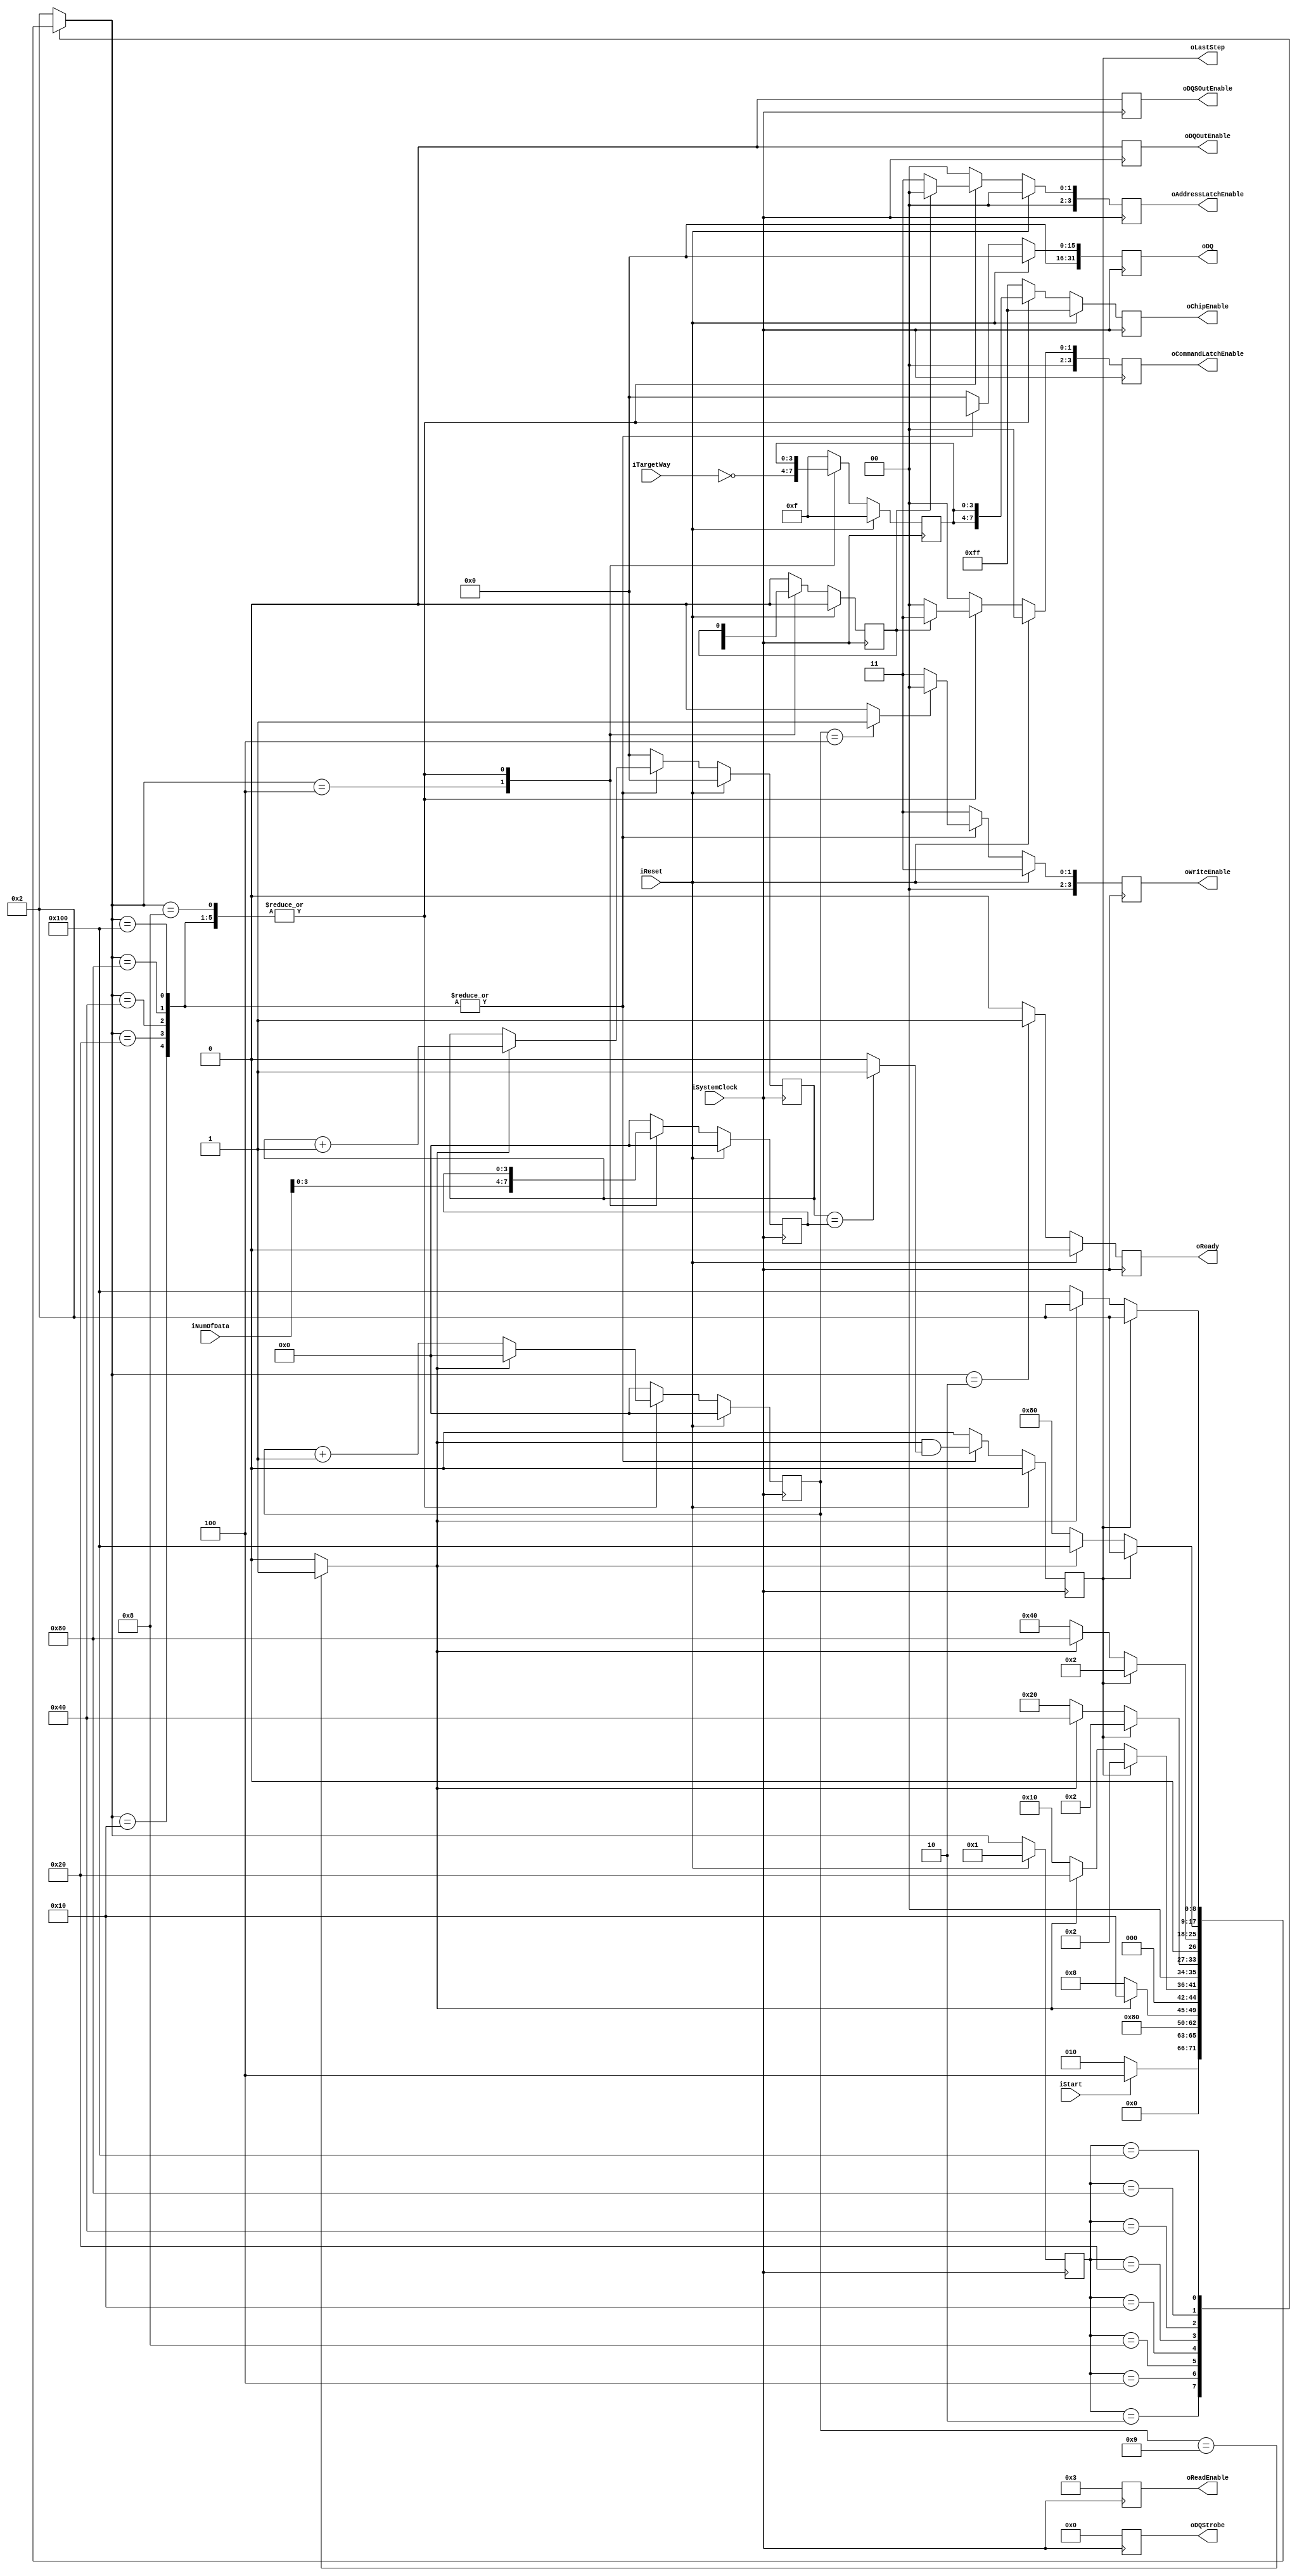
module NFC_Atom_Datainput_Async
#
(
    parameter NumberOfWays    =   4
)
(
    iSystemClock            ,
    iReset                  ,
    oReady                  ,
    oLastStep               ,
    iStart                  ,
    iTargetWay              ,
    iNumOfData              ,

    oDQSOutEnable           ,
    oDQOutEnable            ,
    oDQStrobe               ,
    oDQ                     ,
    oChipEnable             ,
    oReadEnable             ,
    oWriteEnable            ,
    oAddressLatchEnable     ,
    oCommandLatchEnable  
);

    input                           iSystemClock            ;
    input                           iReset                  ;
    output                          oReady                  ;
    output                          oLastStep               ;
    input                           iStart                  ;
    input   [NumberOfWays - 1:0]    iTargetWay              ;
    input   [15:0]                  iNumOfData              ;

    output                          oDQSOutEnable           ;
    output                          oDQOutEnable            ;

    output  [7:0]                   oDQStrobe               ;
    output  [31:0]                  oDQ                     ;
    output  [2*NumberOfWays - 1:0]  oChipEnable             ;
    output  [3:0]                   oReadEnable             ;
    output  [3:0]                   oWriteEnable            ;
    output  [3:0]                   oAddressLatchEnable     ;
    output  [3:0]                   oCommandLatchEnable     ;

    // FSM
    // IDLE
    // capture CAData
    // output command or address

    reg                           rReady                  ;
    reg                           rLastStep               ;

    reg   [NumberOfWays - 1:0]    rTargetWay              ;
    reg   [3:0]                   rNumOfData              ;

    reg                           rDQSOutEnable           ;
    reg                           rDQOutEnable            ;
 
    reg  [7:0]                    rDQStrobe               ;
    reg  [31:0]                   rDQ                     ;
    reg  [2*NumberOfWays - 1:0]   rChipEnable             ;
    reg  [3:0]                    rReadEnable             ;
    reg  [3:0]                    rWriteEnable            ;
    reg  [3:0]                    rAddressLatchEnable     ;
    reg  [3:0]                    rCommandLatchEnable     ;

    reg  [15:0]                   rDIA_DataCounter        ;
    reg  [3:0]                    rDIA_TimeCounter        ;


    wire                          wTimerDone = (rDIA_TimeCounter == 4'd9) ? 1 : 0 ;
    wire                          wTimerHalf = (rDIA_TimeCounter == 4'd4) ? 1 : 0 ;
    wire                          wACSDone   = (rDIA_DataCounter == rNumOfData) ? 1 : 0 ;

    localparam Write_Valid = 4'b0000;
    localparam Write_Idle  = 4'b0011;

    localparam Out_Enable  = 0;
    localparam Out_Disable = 1;
    
    // FSM Parameters/Wires/Regs
    localparam DIA_FSM_BIT = 9;
    localparam DIA_RESET = 9'b0_0000_0001;
    localparam DIA_READY = 9'b0_0000_0010; // Ready
    localparam DIA_LATCH = 9'b0_0000_0100; // Command/Address capture: first
    localparam DIA_tCSSS = 9'b0_0000_1000; // tDQSHZ
    localparam DIA_OST00 = 9'b0_0001_0000; // output data
    localparam DIA_OST01 = 9'b0_0010_0000; // output data
    localparam DIA_OST02 = 9'b0_0100_0000; // output data
    localparam DIA_OST03 = 9'b0_1000_0000; // output data
    localparam DIA_OST04 = 9'b1_0000_0000; // output data

    reg     [DIA_FSM_BIT-1:0]       rDIA_cur_state          ;
    reg     [DIA_FSM_BIT-1:0]       rDIA_nxt_state          ;

    // FSM: Atom_Command_Sync
    
    // update current state to next state
    always @ (posedge iSystemClock) begin
        if (iReset) begin
            rDIA_cur_state <= DIA_RESET;
        end else begin
            rDIA_cur_state <= rDIA_nxt_state;
        end
    end
    
    // deside next state
    always @ ( * ) begin
        case (rDIA_cur_state)
            DIA_RESET: begin
                rDIA_nxt_state <= DIA_READY;
            end
            DIA_READY: begin
                rDIA_nxt_state <= (iStart)? DIA_LATCH:DIA_READY;
            end
            DIA_LATCH: begin
                rDIA_nxt_state <= DIA_tCSSS;
            end
            DIA_tCSSS: begin
                rDIA_nxt_state <= (wTimerDone)? DIA_OST00:DIA_tCSSS; // 50ns
            end
            DIA_OST00: begin
                rDIA_nxt_state <= (rLastStep) ? DIA_READY : ((wTimerDone)? DIA_OST01:DIA_OST00); // 100ns
            end
            DIA_OST01: begin
                rDIA_nxt_state <= (rLastStep) ? DIA_READY : ((wTimerDone)? DIA_OST02:DIA_OST01);
            end
            DIA_OST02: begin
                rDIA_nxt_state <= (rLastStep) ? DIA_READY : ((wTimerDone)? DIA_OST03:DIA_OST02);
            end
            DIA_OST03: begin
                rDIA_nxt_state <= (rLastStep) ? DIA_READY : ((wTimerDone)? DIA_OST04:DIA_OST03);
            end
            DIA_OST04: begin
                rDIA_nxt_state <= (rLastStep) ? DIA_READY : ((wTimerDone)? DIA_READY:DIA_OST04);
            end
            default:
                rDIA_nxt_state <= DIA_READY;
        endcase
    end

    // state behaviour
    always @ (posedge iSystemClock) begin
        if (iReset) begin
            rReady              <= 1'b0;
            rLastStep           <= 1'b0;

            rTargetWay          <= { NumberOfWays{1'b1} };
            rNumOfData          <= 4'h0;
            rCASelect           <= 1'b0;
            rCAData             <= 40'h00_00_00_00_00;
            
            rDQSOutEnable       <= Out_Enable;    
            rDQOutEnable        <= Out_Enable;

            rDQStrobe           <= 8'h0;
            rDQ                 <= 32'h0000;
            rChipEnable         <= { 2*NumberOfWays{1'b1} };
            rReadEnable         <= 4'b0011;
            rWriteEnable        <= Write_Idle;
            rAddressLatchEnable <= 4'h0;
            rCommandLatchEnable <= 4'h0; 

            rDIA_DataCounter    <= 4'd0;
            rDIA_TimeCounter    <= 4'd0;
        end else begin
            case (rDIA_nxt_state)
                DIA_RESET: begin
                    rReady              <= 1'b0;
                    rLastStep           <= 1'b0;

                    rTargetWay          <= { NumberOfWays{1'b1} };
                    rNumOfData          <= 4'h0;
                    rCASelect           <= 1'b0;
                    rCAData             <= 40'h00_00_00_00_00;
                    
                    rDQSOutEnable       <= Out_Enable;    
                    rDQOutEnable        <= Out_Enable;

                    rDQStrobe           <= 8'h0;
                    rDQ                 <= 32'h0000;
                    rChipEnable         <= { 2*NumberOfWays{1'b1} };
                    rReadEnable         <= 4'b0011;
                    rWriteEnable        <= Write_Idle;
                    rAddressLatchEnable <= 4'h0;
                    rCommandLatchEnable <= 4'h0; 

                    rDIA_DataCounter    <= 4'd0;
                    rDIA_TimeCounter    <= 4'd0;
                end
                DIA_READY: begin
                    rReady              <= 1'b1;
                    rLastStep           <= 1'b0;

                    rTargetWay          <= { NumberOfWays{1'b1} };
                    rNumOfData          <= 4'h0;
                    rCASelect           <= 1'b0;
                    rCAData             <= 40'h00_00_00_00_00;
                    
                    rDQSOutEnable       <= Out_Enable;    
                    rDQOutEnable        <= Out_Enable;

                    rDQStrobe           <= 8'h0;
                    rDQ                 <= 32'h0000;
                    rChipEnable         <= { 2*NumberOfWays{1'b1} };
                    rReadEnable         <= 4'b0011;
                    rWriteEnable        <= Write_Idle;
                    rAddressLatchEnable <= 4'h0;
                    rCommandLatchEnable <= 4'h0; 

                    rDIA_DataCounter    <= 4'd0;
                    rDIA_TimeCounter    <= 4'd0;
                end
                DIA_LATCH: begin
                    rReady              <= 1'b0;
                    rLastStep           <= 1'b0;

                    rTargetWay          <= ~iTargetWay;
                    rNumOfData          <= iNumOfData;
                    rCASelect           <= iCASelect ;
                    rCAData             <= iCAData   ;
                    
                    rDQSOutEnable       <= Out_Enable;    
                    rDQOutEnable        <= Out_Enable;

                    rDQStrobe           <= 8'h0;
                    rDQ                 <= 32'h0000;
                    rChipEnable         <= { 2*NumberOfWays{1'b1} };
                    rReadEnable         <= 4'b0011;
                    rWriteEnable        <= Write_Idle;
                    rAddressLatchEnable <= 4'h0;
                    rCommandLatchEnable <= 4'h0; 

                    rDIA_DataCounter    <= 4'd0;
                    rDIA_TimeCounter    <= 4'd0;
                end
                DIA_tCSSS: begin
                    rReady              <= 1'b0;
                    rLastStep           <= 1'b0;

                    rTargetWay          <= rTargetWay;
                    rNumOfData          <= rNumOfData;
                    rCASelect           <= rCASelect ;
                    rCAData             <= rCAData   ;
                    
                    rDQSOutEnable       <= Out_Enable;    
                    rDQOutEnable        <= Out_Enable;

                    rDQStrobe           <= 8'h0;
                    rDQ                 <= 32'h0000;
                    rChipEnable         <= {rTargetWay ,rTargetWay};
                    rReadEnable         <= 4'b0011;
                    rWriteEnable        <= Write_Idle;
                    rAddressLatchEnable <= (rCASelect) ? 4'b0000 : 4'b0011;
                    rCommandLatchEnable <= (rCASelect) ? 4'b0011 : 4'b0000;

                    rDIA_DataCounter    <= 4'd0;
                    rDIA_TimeCounter    <= (wTimerDone) ? 0 : rDIA_TimeCounter + 1;
                end
                DIA_OST00: begin
                    rReady              <= 1'b0;
                    rLastStep           <= wTimerDone & wACSDone;

                    rTargetWay          <= rTargetWay;
                    rNumOfData          <= rNumOfData;
                    rCASelect           <= rCASelect ;
                    rCAData             <= rCAData   ;
                    
                    rDQSOutEnable       <= Out_Enable;    
                    rDQOutEnable        <= Out_Enable;

                    rDQStrobe           <= 8'h0;
                    rDQ                 <= {16'h00, rCAData[39:32],rCAData[39:32]};
                    rChipEnable         <= {rTargetWay ,rTargetWay};
                    rReadEnable         <= 4'b0011;
                    rWriteEnable        <= (wTimerHalf) ? Write_Valid : Write_Idle;
                    rAddressLatchEnable <= (rCASelect) ? 4'b0000 : 4'b0011;
                    rCommandLatchEnable <= (rCASelect) ? 4'b0011 : 4'b0000;

                    rDIA_DataCounter    <= (wTimerDone) ? rDIA_DataCounter + 1 : rDIA_DataCounter ;
                    rDIA_TimeCounter    <= (wTimerDone) ? 0 : rDIA_TimeCounter + 1;
                end
                DIA_OST01: begin
                    rReady              <= 1'b0;
                    rLastStep           <= wTimerDone & wACSDone;

                    rTargetWay          <= rTargetWay;
                    rNumOfData          <= rNumOfData;
                    rCASelect           <= rCASelect ;
                    rCAData             <= rCAData   ;
                    
                    rDQSOutEnable       <= Out_Enable;    
                    rDQOutEnable        <= Out_Enable;

                    rDQStrobe           <= 8'h0;
                    rDQ                 <= {16'h00, rCAData[31:24],rCAData[31:24]};
                    rChipEnable         <= {rTargetWay ,rTargetWay};
                    rReadEnable         <= 4'b0011;
                    rWriteEnable        <= (wTimerHalf) ? Write_Valid : Write_Idle;
                    rAddressLatchEnable <= (rCASelect) ? 4'b0000 : 4'b0011;
                    rCommandLatchEnable <= (rCASelect) ? 4'b0011 : 4'b0000;

                    rDIA_DataCounter    <= (wTimerDone) ? rDIA_DataCounter + 1 : rDIA_DataCounter ;
                    rDIA_TimeCounter    <= (wTimerDone) ? 0 : rDIA_TimeCounter + 1;
                end
                DIA_OST02: begin
                    rReady              <= 1'b0;
                    rLastStep           <= wTimerDone & wACSDone;

                    rTargetWay          <= rTargetWay;
                    rNumOfData          <= rNumOfData;
                    rCASelect           <= rCASelect ;
                    rCAData             <= rCAData   ;
                    
                    rDQSOutEnable       <= Out_Enable;    
                    rDQOutEnable        <= Out_Enable;

                    rDQStrobe           <= 8'h0;
                    rDQ                 <= {16'h00, rCAData[23:16],rCAData[23:16]};
                    rChipEnable         <= {rTargetWay ,rTargetWay};
                    rReadEnable         <= 4'b0011;
                    rWriteEnable        <= (wTimerHalf) ? Write_Valid : Write_Idle;
                    rAddressLatchEnable <= (rCASelect) ? 4'b0000 : 4'b0011;
                    rCommandLatchEnable <= (rCASelect) ? 4'b0011 : 4'b0000;

                    rDIA_DataCounter    <= (wTimerDone) ? rDIA_DataCounter + 1 : rDIA_DataCounter ;
                    rDIA_TimeCounter    <= (wTimerDone) ? 0 : rDIA_TimeCounter + 1;
                end
                DIA_OST03: begin
                    rReady              <= 1'b0;
                    rLastStep           <= wTimerDone & wACSDone;

                    rTargetWay          <= rTargetWay;
                    rNumOfData          <= rNumOfData;
                    rCASelect           <= rCASelect ;
                    rCAData             <= rCAData   ;
                    
                    rDQSOutEnable       <= Out_Enable;    
                    rDQOutEnable        <= Out_Enable;

                    rDQStrobe           <= 8'h0;
                    rDQ                 <= {16'h00, rCAData[15:8],rCAData[15:8]};
                    rChipEnable         <= {rTargetWay ,rTargetWay};
                    rReadEnable         <= 4'b0011;
                    rWriteEnable        <= (wTimerHalf) ? Write_Valid : Write_Idle;
                    rAddressLatchEnable <= (rCASelect) ? 4'b0000 : 4'b0011;
                    rCommandLatchEnable <= (rCASelect) ? 4'b0011 : 4'b0000;

                    rDIA_DataCounter    <= (wTimerDone) ? rDIA_DataCounter + 1 : rDIA_DataCounter ;
                    rDIA_TimeCounter    <= (wTimerDone) ? 0 : rDIA_TimeCounter + 1;
                end
                DIA_OST04: begin
                    rReady              <= 1'b0;
                    rLastStep           <= wTimerDone & wACSDone;

                    rTargetWay          <= rTargetWay;
                    rNumOfData          <= rNumOfData;
                    rCASelect           <= rCASelect ;
                    rCAData             <= rCAData   ;
                    
                    rDQSOutEnable       <= Out_Enable;    
                    rDQOutEnable        <= Out_Enable;

                    rDQStrobe           <= 8'h0;
                    rDQ                 <= {16'h00, rCAData[7:0],rCAData[7:0]};
                    rChipEnable         <= {rTargetWay ,rTargetWay};
                    rReadEnable         <= 4'b0011;
                    rWriteEnable        <= (wTimerHalf) ? Write_Valid : Write_Idle;
                    rAddressLatchEnable <= (rCASelect) ? 4'b0000 : 4'b0011;
                    rCommandLatchEnable <= (rCASelect) ? 4'b0011 : 4'b0000;

                    rDIA_DataCounter    <= (wTimerDone) ? rDIA_DataCounter + 1 : rDIA_DataCounter ;
                    rDIA_TimeCounter    <= (wTimerDone) ? 0 : rDIA_TimeCounter + 1;
                end
                default: begin
                    rReady              <= 1'b0;
                    rLastStep           <= 1'b0;
                    rTargetWay          <= { NumberOfWays{1'b1} };
                    rNumOfData          <= 4'h0;
                    rCASelect           <= 1'b0;
                    rCAData             <= 40'h00_00_00_00_00;
                    
                    rDQSOutEnable       <= Out_Enable;    
                    rDQOutEnable        <= Out_Enable;

                    rDQStrobe           <= 8'h0;
                    rDQ                 <= 32'h0000;
                    rChipEnable         <= { 2*NumberOfWays{1'b1} };
                    rReadEnable         <= 4'b0011;
                    rWriteEnable        <= Write_Idle;
                    rAddressLatchEnable <= 4'h0;
                    rCommandLatchEnable <= 4'h0; 

                    rDIA_DataCounter    <= 4'd0;
                    rDIA_TimeCounter    <= 4'd0;
                end
            endcase
        end
    end

    assign oReady              = rReady                  ;
    assign oLastStep           = rLastStep               ;

    assign oDQSOutEnable       = rDQSOutEnable           ;   
    assign oDQOutEnable        = rDQOutEnable            ;   
    assign oDQStrobe           = rDQStrobe               ;   
    assign oDQ                 = rDQ                     ;   
    assign oChipEnable         = rChipEnable             ;   
    assign oReadEnable         = rReadEnable             ;   
    assign oWriteEnable        = rWriteEnable            ;   
    assign oAddressLatchEnable = rAddressLatchEnable     ;   
    assign oCommandLatchEnable = rCommandLatchEnable     ;   
endmodule